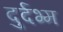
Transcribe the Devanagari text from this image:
दुर्दभ्म